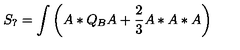
S _ { ? } = \int \left( A * Q _ { B } A + \frac { 2 } { 3 } A * A * A \right)